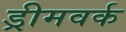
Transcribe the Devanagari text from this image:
ड्रीमवर्क